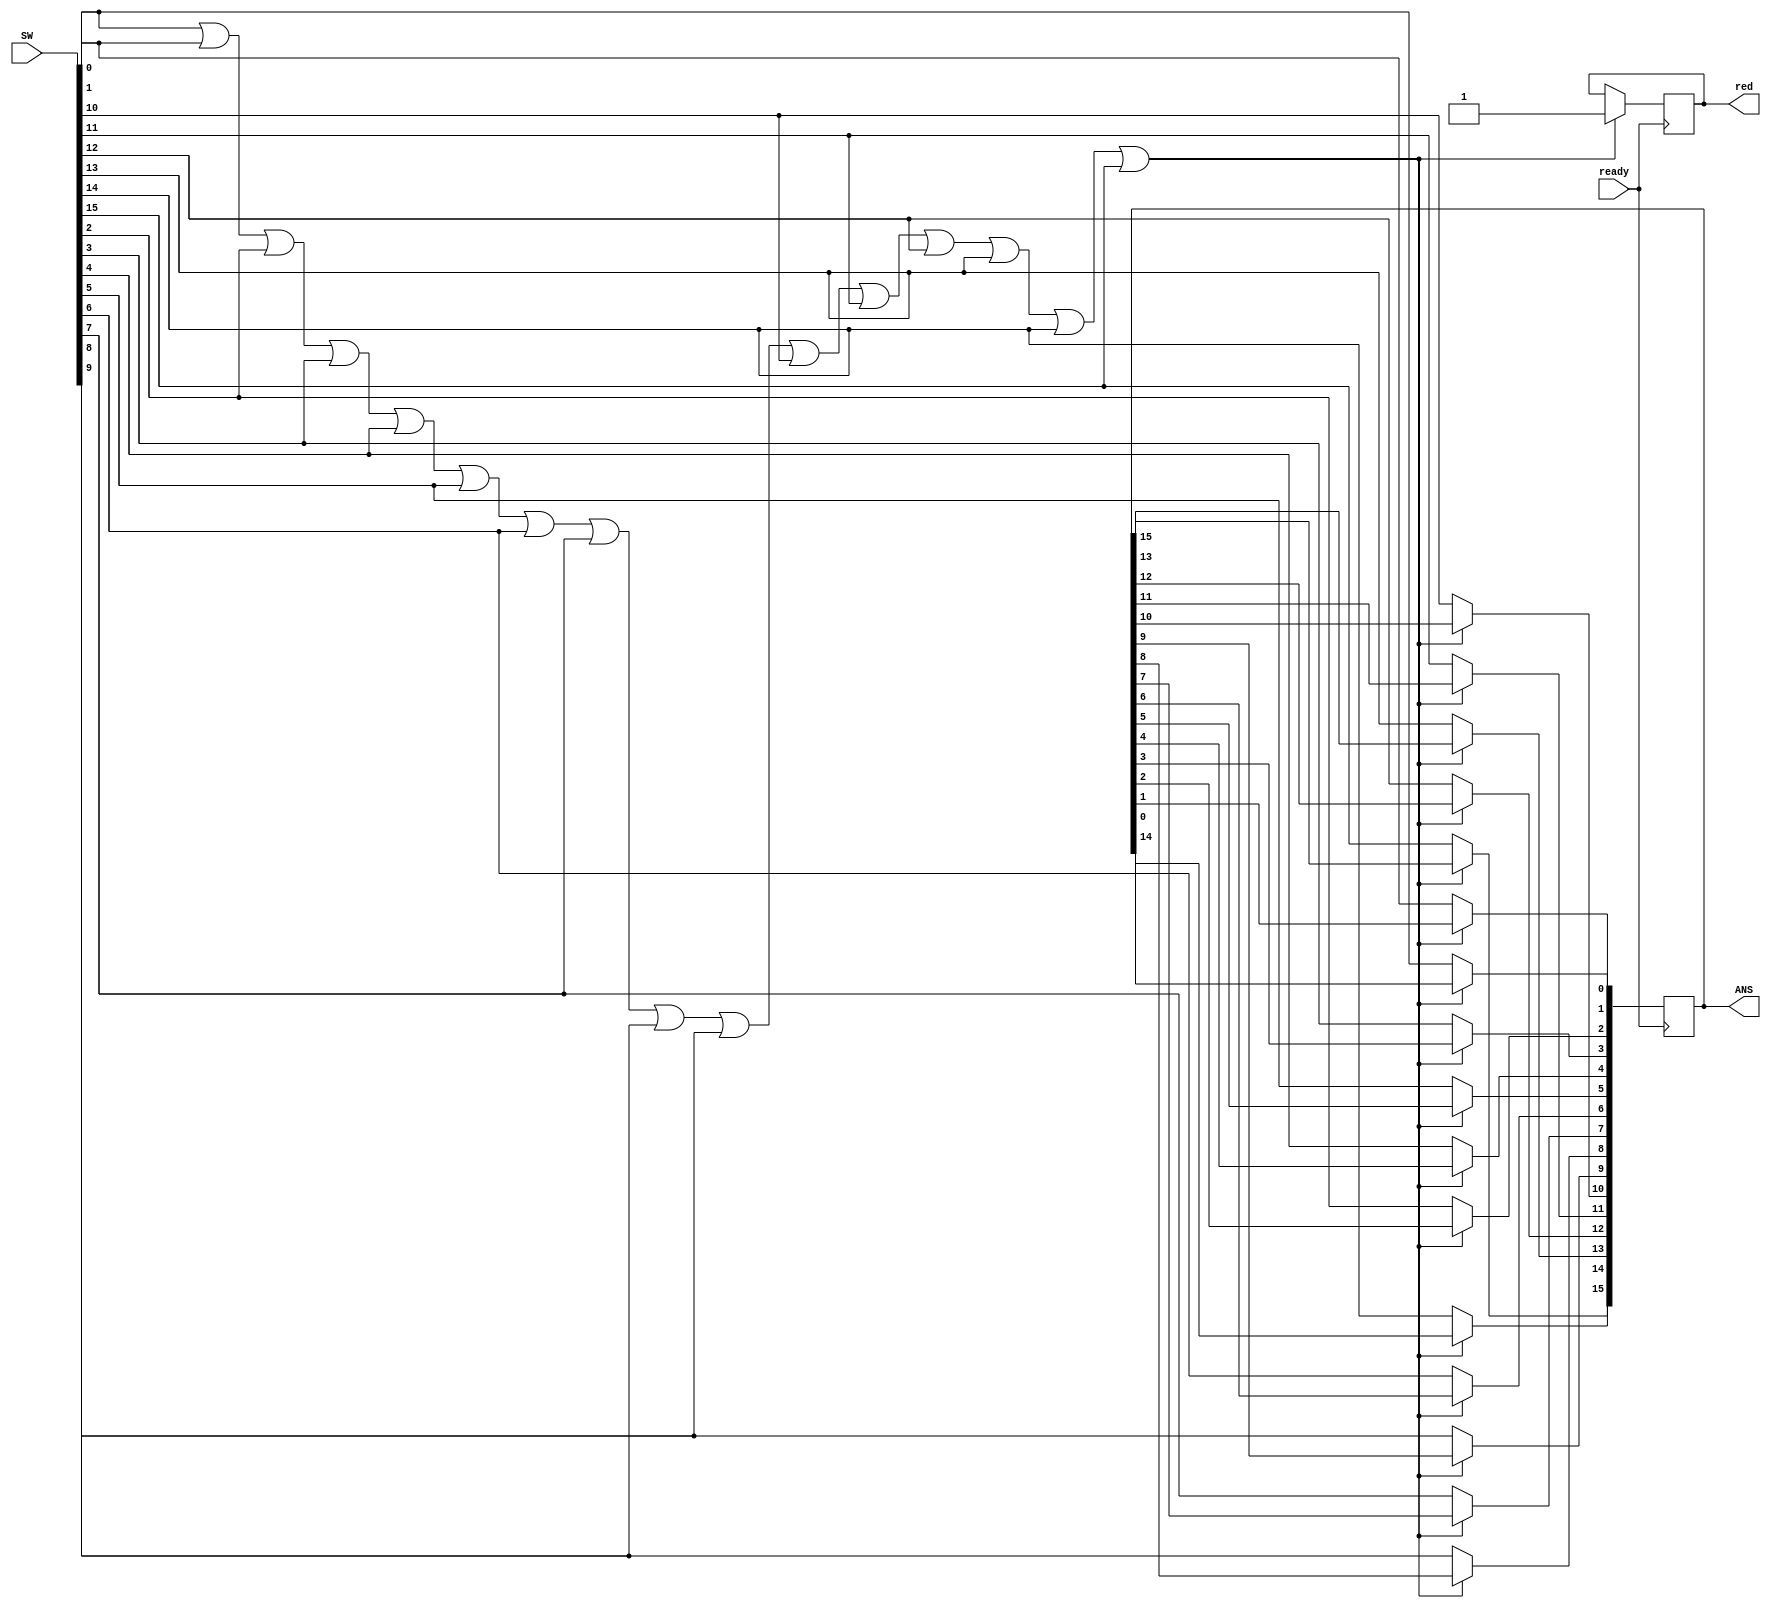
`timescale 1ns / 1ps
//////////////////////////////////////////////////////////////////////////////////
// Company: 
// Engineer: 
// 
// Design Name: 
// Module Name: top3
// Project Name: 
// Target Devices: 
// Tool Versions: 
// Description: 
// 
// Dependencies: 
// 
// Revision:
// Revision 0.01 - File Created
// Additional Comments:
// 
//////////////////////////////////////////////////////////////////////////////////


module top3
(
    input ready,
    input [15:0] SW,
    output reg [15:0] ANS,
    output reg red
    );
    wire a;
   assign a=SW[0]||SW[1]||SW[2]||SW[3]||SW[4]||SW[5]||SW[6]||SW[7]||SW[8]||SW[9]||SW[10]||SW[11]||SW[12]||SW[13]||SW[14]||SW[15];
    always @(posedge ready) 
    begin
       
        if (a==0)begin
        ANS[0]=SW[0];
        ANS[1]=SW[1];
        ANS[2]=SW[2];
        ANS[3]=SW[3];
        ANS[4]=SW[4];
        ANS[5]=SW[5];
        ANS[6]=SW[6];
        ANS[7]=SW[7];
        ANS[8]=SW[8];
        ANS[9]=SW[9];
        ANS[10]=SW[10];
        ANS[11]=SW[11];
        ANS[12]=SW[12];
        ANS[13]=SW[13];
        ANS[14]=SW[14];
        ANS[15]=SW[15];
          end
        else begin
           red<= a;
        end  
    end
    
endmodule